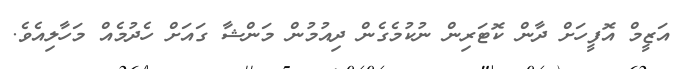
އަޒީމް އޮފީހަށް ދާން ކޮޓަރިން ނުކުމެގެން ދިއުމުން މަންޝާ ގައަށް ހެދުމެއް މަހާލިއެވެ.